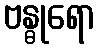
ဗန္ဓုရော